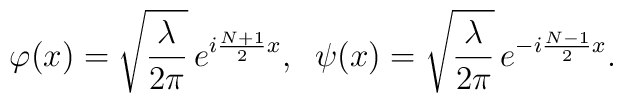
\varphi(x)=\sqrt{\frac{\lambda}{2\pi}}\,e^{i\frac{N+1}{2}x},\;\;\psi(x)=\sqrt{\frac{\lambda}{2\pi}}\,e^{-i\frac{N-1}{2}x}.